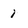
Character: i